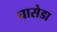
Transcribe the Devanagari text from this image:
घासेडा